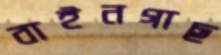
বাইনগাছ